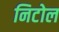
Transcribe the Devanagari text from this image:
निटोल